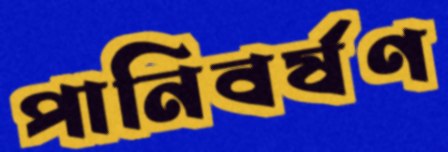
পানিবর্ষণ